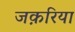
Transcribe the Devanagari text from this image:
जक़रिया